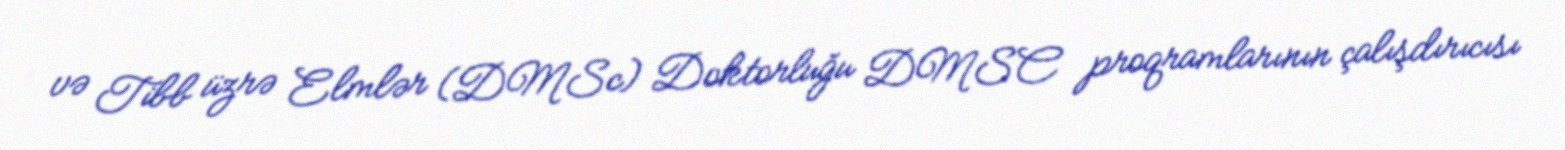
və Tibb üzrə Elmlər (DMSc) Doktorluğu DMSC proqramlarının çalışdırıcısı